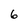
Character: 6